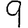
Digit: 9